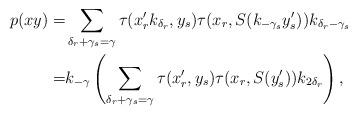
LaTeX: \begin{align*}p(xy)=&\sum_{\delta_r+\gamma_s=\gamma}\tau(x'_rk_{\delta_r},y_s)\tau(x_r,S(k_{-\gamma_s}y'_s))k_{\delta_r-\gamma_s}\\=&k_{-\gamma}\left(\sum_{\delta_r+\gamma_s=\gamma}\tau(x'_r,y_s)\tau(x_r,S(y'_s))k_{2\delta_r}\right),\end{align*}